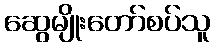
ဆွေမျိုးတော်စပ်သူ